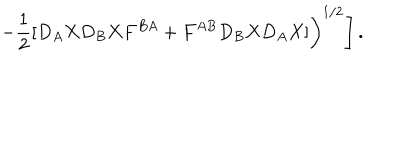
LaTeX: \left. \left. - \frac { 1 } { 2 } [ D _ { A } X D _ { B } X F ^ { B A } + F ^ { A B } D _ { B } X D _ { A } X ] \right) ^ { 1 / 2 } \right] .